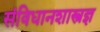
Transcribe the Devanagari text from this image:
संविधानशास्त्रज्ञ